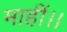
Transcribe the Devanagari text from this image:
माहीं।।